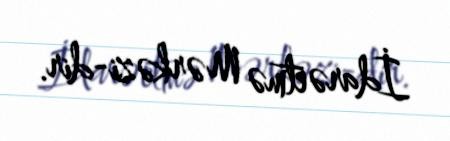
İdarəetmə Mərkəzi-dir.